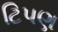
ટિપણ